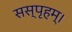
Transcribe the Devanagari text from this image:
सस्पृहम्।